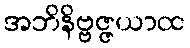
အဘိနိဗ္ဗဇ္ဇယာထ